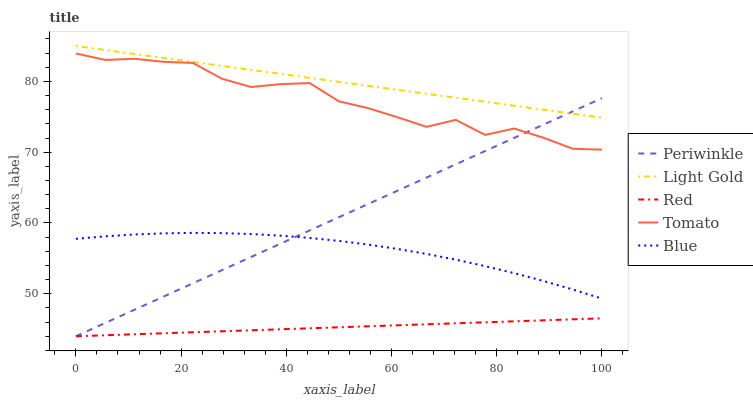
| xaxis_label | Periwinkle | Light Gold | Red | Tomato | Blue |
 | --- | --- | --- | --- | --- | --- |
 | 0 | 44 | 85 | 44 | 83.9 | 57.8 |
 | 5.56 | 45.9 | 84.4 | 44.1 | 83 | 58.1 |
 | 11.1 | 47.7 | 83.9 | 44.3 | 83.2 | 58.4 |
 | 16.7 | 49.6 | 83.3 | 44.4 | 82.8 | 58.5 |
 | 22.2 | 51.5 | 82.8 | 44.6 | 82.6 | 58.6 |
 | 27.8 | 53.3 | 82.2 | 44.7 | 80.4 | 58.6 |
 | 33.3 | 55.2 | 81.6 | 44.8 | 79.2 | 58.4 |
 | 38.9 | 57.1 | 81.1 | 45 | 79.6 | 58.2 |
 | 44.4 | 58.9 | 80.5 | 45.1 | 79.8 | 57.9 |
 | 50 | 60.8 | 79.9 | 45.3 | 77.2 | 57.5 |
 | 55.6 | 62.7 | 79.4 | 45.4 | 76.2 | 56.9 |
 | 61.1 | 64.6 | 78.8 | 45.5 | 74.9 | 56.3 |
 | 66.7 | 66.4 | 78.3 | 45.7 | 73.6 | 55.6 |
 | 72.2 | 68.3 | 77.7 | 45.8 | 74.6 | 54.8 |
 | 77.8 | 70.2 | 77.1 | 46 | 72.4 | 53.9 |
 | 83.3 | 72 | 76.6 | 46.1 | 73.3 | 52.9 |
 | 88.9 | 73.9 | 76 | 46.3 | 72 | 51.8 |
 | 94.4 | 75.8 | 75.4 | 46.4 | 70.5 | 50.6 |
 | 100 | 77.6 | 74.9 | 46.5 | 70.4 | 49.3 |